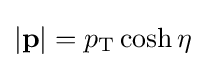
|\mathbf {p} |=p_{\text{T}}\cosh {\eta }